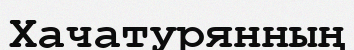
Хачатурянның